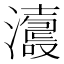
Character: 𤃕